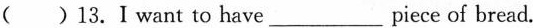
( )13.Ⅰwant to have_ piece of bread.